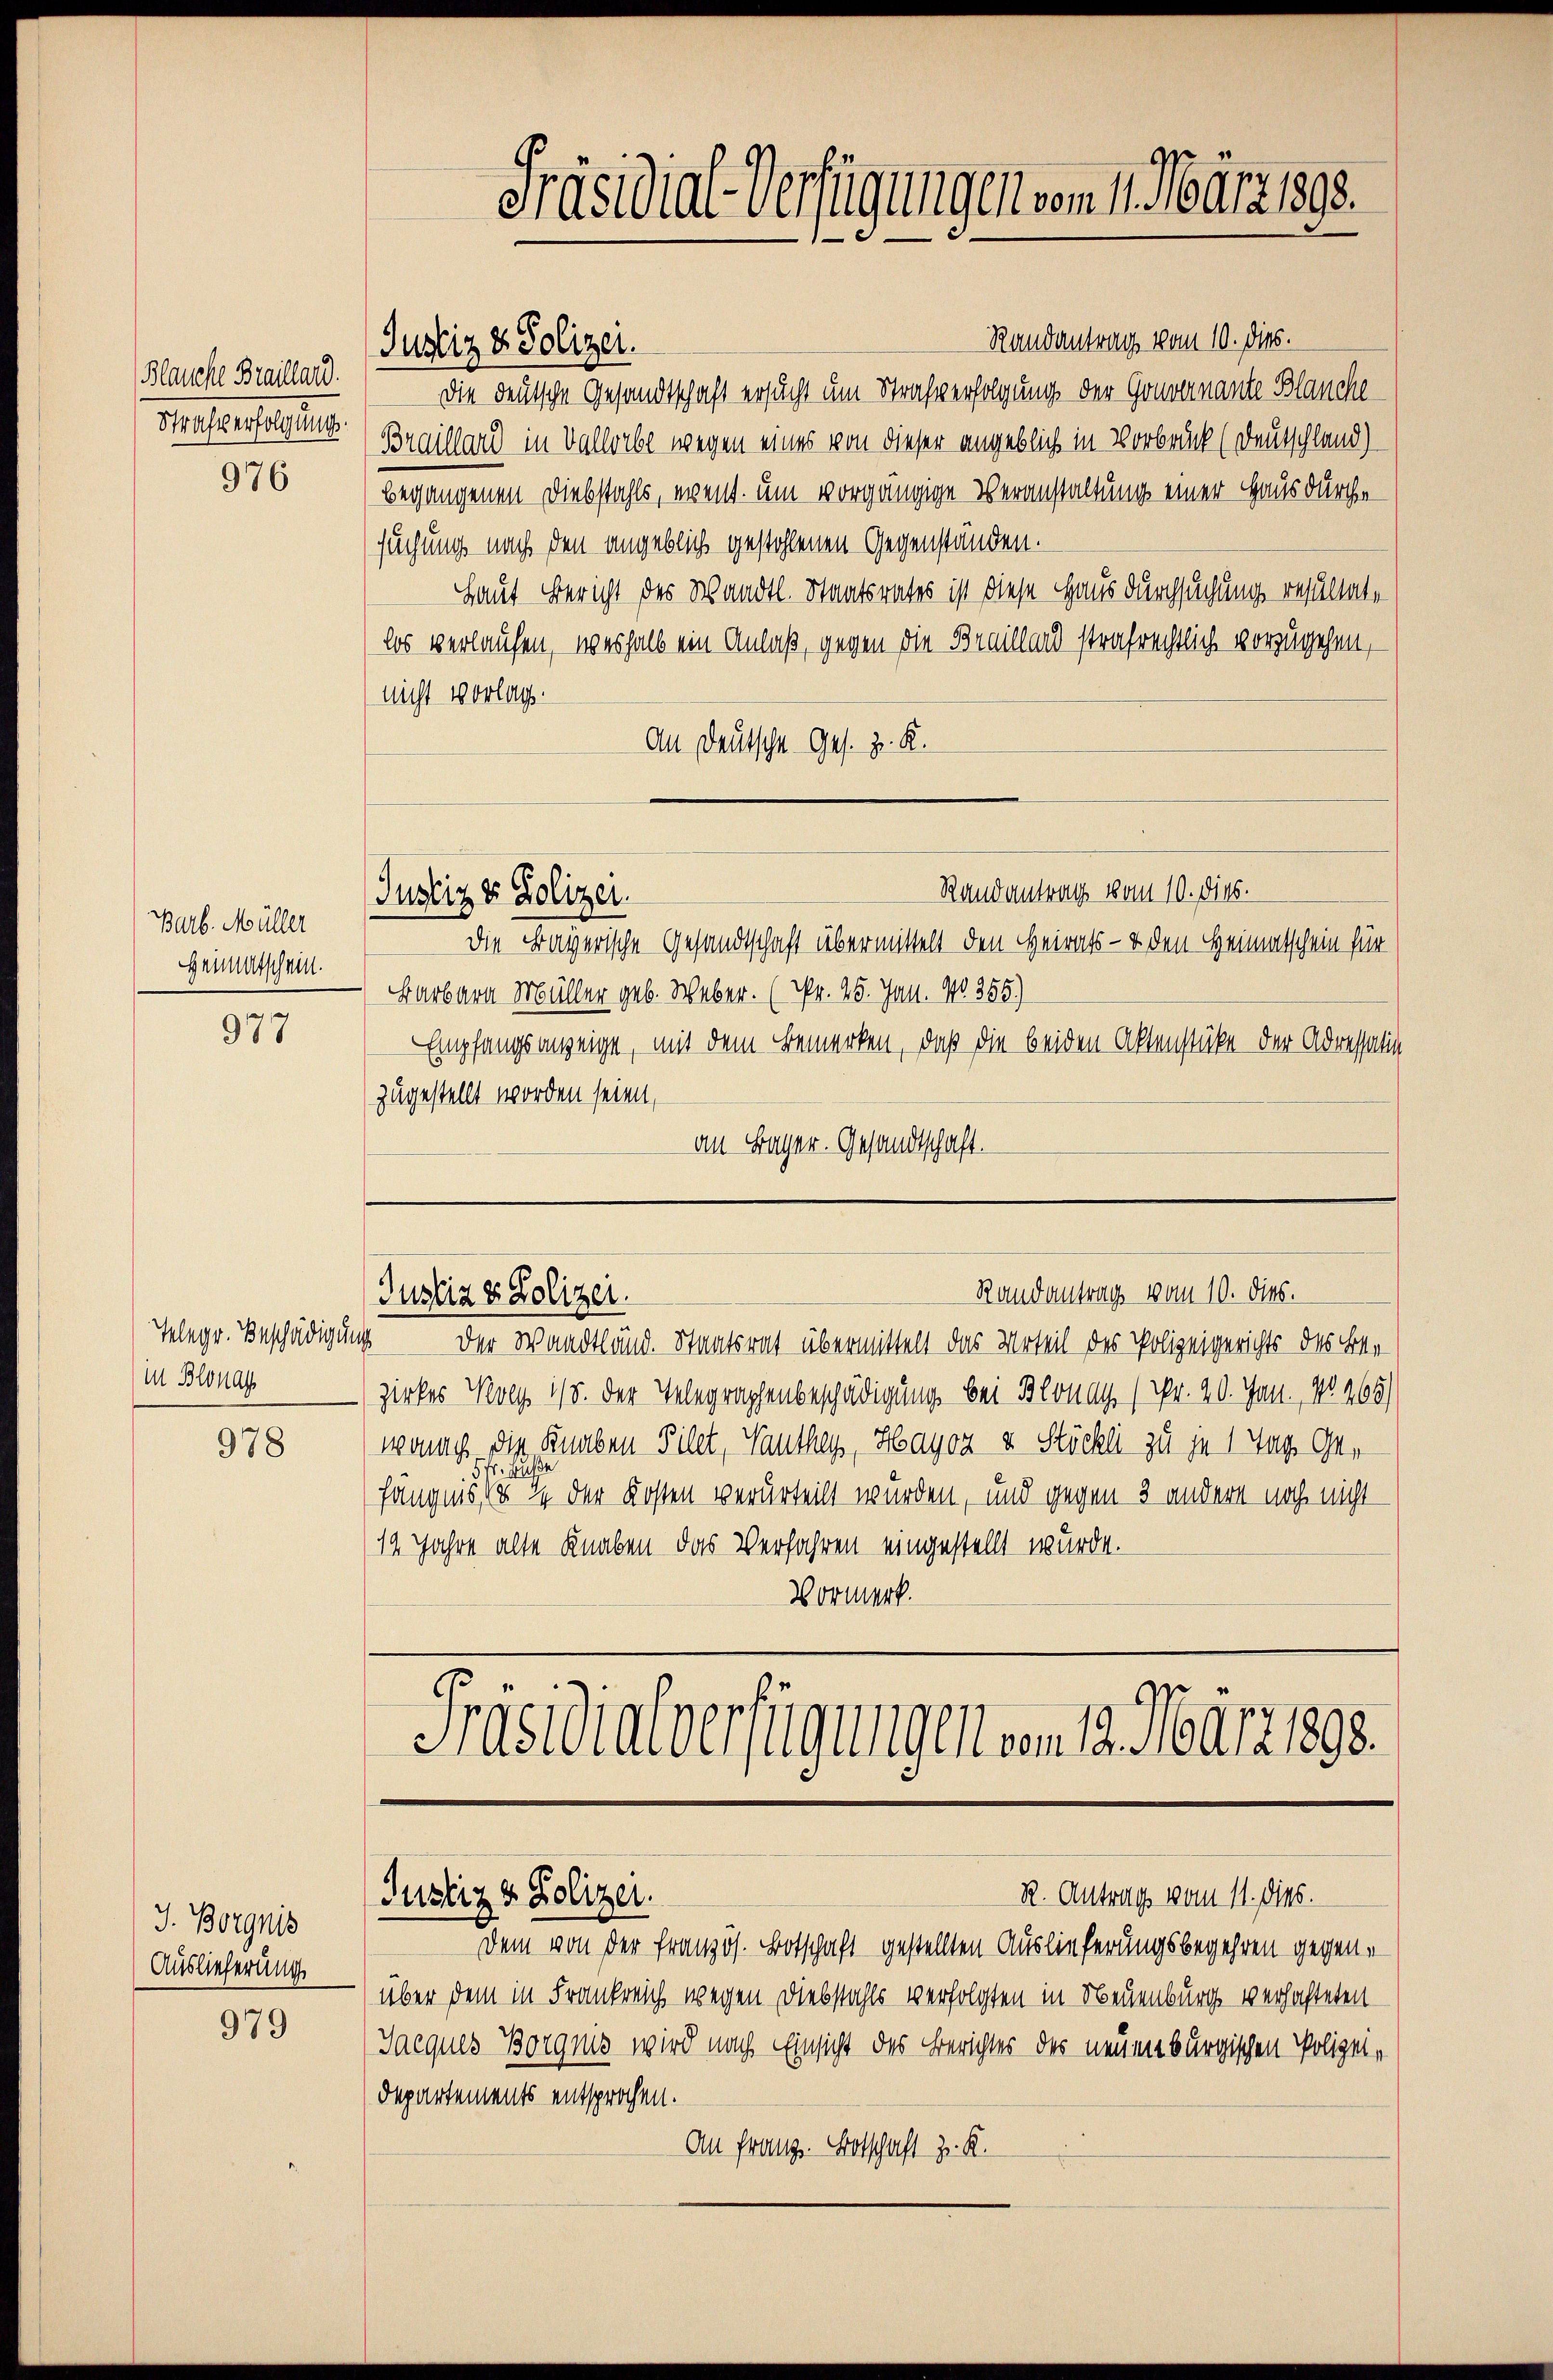
Präsidial-Verfügungen vom 1. März 1893.

Randantrag vom 10. dies.
Die deutsche Gesandtschaft ersucht um Strafverfolgung der Gouvernante Blanche
Braillard in Vallorbe wegen eines von dieser angeblich in Vorbruck (Deutschland)
begangenen Diebstahls, event. um vorgängige Veranstaltung einer Hausdurche
suchung nach den angeblich gestohlenen Gegenständen.
Haut Bericht des Wandtl. Staatsrates ist diese Haus durchsuchung resultat,
los verlaufen, weshalb ein Anlaß, gegen die Braillard strafrechtlich vorzugehen,
nicht vorlag.
An Deutsche Ges. z. K.
Randantrag vom 10. dies.
Justiz & Polizei.
Die Frayerische Gesandtschaft übermittelt den Heirats- & den Heimatschein für
Barbara Müller geb. Weber. (Fr. 25. Jall. No. 355)
Empfangsanzeige, mit dem Bemerken, daß die beiden Aktenstücke der Adressation
zugestellt worden seien,
an Lager. Gesandtschaft.

Justiz & Polizei.

Blanche Braillard.
Musserfolgung.

976

Barb. Müller
Heimatschein.

977

Randantrag vom 10. dies.
Justiz & Polizei.

Der Waadtländ. Staatsrat übermittelt das Urteil des Polizeigerichts des Ber
zirkes Koch 1/5. der Telegraphenbeschädigung bei Blonay (Nr. 20. Jan. 18465)
wonach die Knaben Filet, Vanthey, Hayor & Stöckli zu je 1 Tage Gen
i
fängnis d. 2 der Kosten verurteilt wurden, und gegen 3 andern noch nicht
19 Jahre alte Knaben das Verfahren eingestellt wurde.
Vormerk.
Präsidiatverfügungen vom 19. März 1890.

Telegr. Beschädigung
in Blonas
978

R. Antrags vom 11. dies.
Justiz & Polizei.

J. Borgnis
Auslieferung

Dem von der Französ. Botschaft gestellten Auslieferungsbegehren gegenüber dem in Frankreich wegen Diebstahls verfolgten in Neuenburg verhafteten
Jacques Borgnis wird nach Einsicht des Berichtes des neuenburgischen Polizei¬
Departements entsprochen.
An Franz. Botschaft z. K.

979